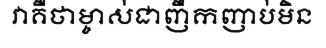
វាគឺថាម្ចាស់ជាញឹកញាប់មិន